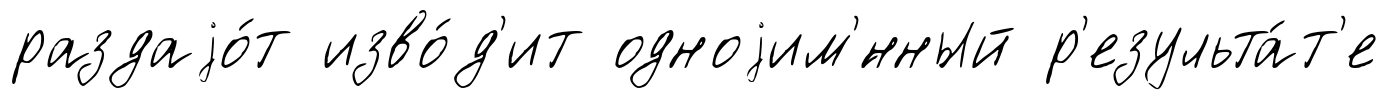
раздаjо́т изво́д'ит одноjим'́нный р'езульта́т'е